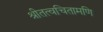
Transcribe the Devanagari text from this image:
श्रीतत्वचितामणि